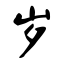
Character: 岁